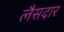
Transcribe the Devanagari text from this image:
लैसदार